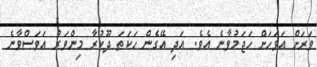
ވަރަށް އަވަހަށް ހަޖަމުވާނެ އެވެ. އަދި އޭގެން ހަކަތަ ދޫކުރާ މިންވަރު އަވަސްވާނެ